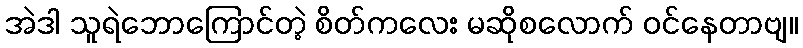
အဲဒါ သူရဲဘောကြောင်တဲ့ စိတ်ကလေး မဆိုစလောက် ဝင်နေတာဗျ။